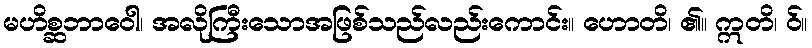
မဟိစ္ဆဘာဝေါ၊ အလိုကြီးသောအဖြစ်သည်လည်းကောင်း။ ဟောတိ၊ ၏။ ဣတိ၊ ဝ်။